Indian Medical Review
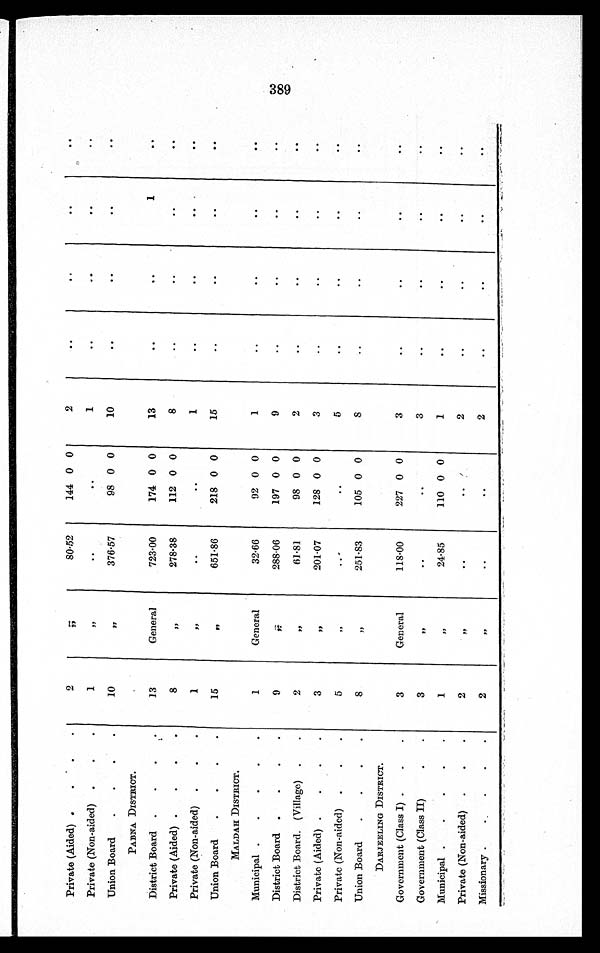
Private (Aided)
2
, ,
80.52
144 0 0
2
Private (Non-aided)
1
, ,
1
Union Board
10
, ,
376.57
98 0 0
10
PABNA DISTRICT.
District Board
13
General
723.00
174 0 0
13
1
Private (Aided)
8
, ,
278.38
112 0 0
8
Private (Non-aided)
1
, ,
1
Union Board
15
, ,
651.86
218 0 0
15
MALDAH DISTRICT.
Municipal
1
General
32.66
92 0 0
1
District Board
9
, ,
288.06
197 0 0
9
District Board. (Village)
2
, ,
61.81
98 0 0
2
Private (Aided)
3
, ,
201.07
128 0 0
3
Private (Non-aided)
5
, ,
5
Union Board
8
, ,
251.83
105 0 0
8
DARJEELING DISTRICT.
Government (Class I)
3
General
118.00
227 0 0
3
Government (Class II)
3
, ,
3
Municipal
1
, ,
24.85
110 0 0
1
Private (Non-aided)
2
, ,
2
Missionary
2
, ,
2